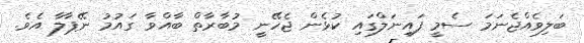
ބަލިވެއްޖެނަމަ ސެމީ ފައިނަލްގައި ކުޅެން ޖެހޭނީ މުބާރާތް ބާއްވާ ގައުމު ނޭޕާލާ އެވެ.